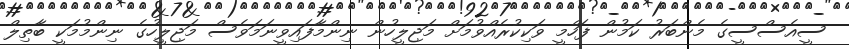
ސީއެސްސީގެ މެންބަރު ކަމުން ފަހްމީ ވަކިކުރެއްވުމަށް މަޖިލީހުން ނިންމާފައިވީނަމަވެސް މަޖިލީހުގެ ނިންމުމަކީ ބާތިލް